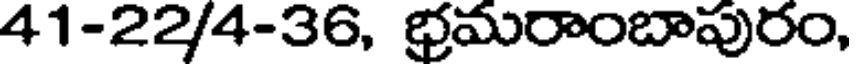
41-22/4-36, భ్రమరాంబాపురం,